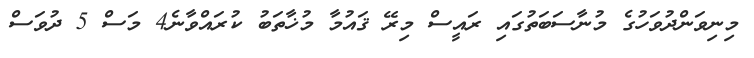
މިނިވަންދުވަހުގެ މުނާސަބަތުގައި ރައީސް މިރޭ ޤައުމާ މުޚާތަބު ކުރައްވާނެ4 މަސް 5 ދުވަސް